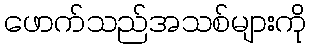
ဖောက်သည်အသစ်များကို